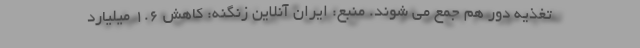
تغذیه دور هم جمع می شوند. منبع: ایران آنلاین زنگنه: کاهش ۱.۶ میلیارد